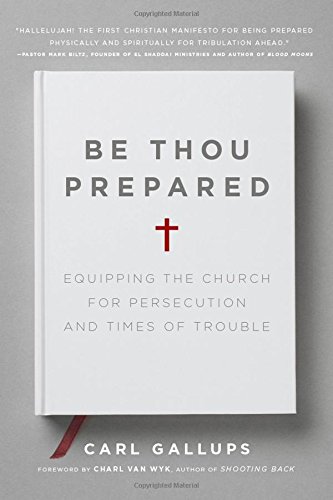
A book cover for Be Thou Prepared: Equipping the Church for Persecution and Times of Trouble; Carl Gallups; Christian Books & Bibles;